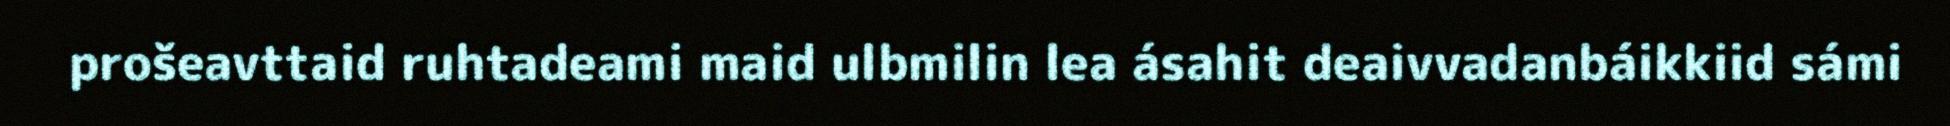
prošeavttaid ruhtadeami maid ulbmilin lea ásahit deaivvadanbáikkiid sámi